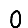
Digit: 0